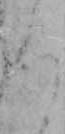
ろ